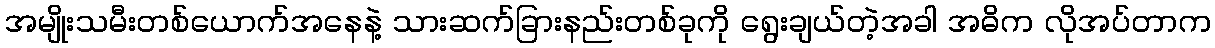
အမျိုးသမီးတစ်ယောက်အနေနဲ့ သားဆက်ခြားနည်းတစ်ခုကို ရွေးချယ်တဲ့အခါ အဓိက လိုအပ်တာက